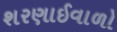
શરણાઈવાળો